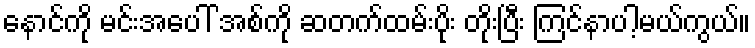
နောင်ကို မင်းအပေါ် အစ်ကို ဆတက်ထမ်းပိုး တိုးပြီး ကြင်နာပါ့မယ်ကွယ်။